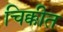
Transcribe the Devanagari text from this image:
चिक्कीत